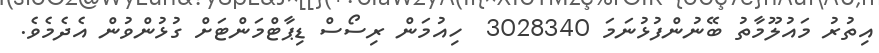
އިތުރު މައުލޫމާތު ބޭނުންފުޅުނަމަ 3028340  ހިއުމަން ރިސޯސް ޑިޕާޓްމަންޓަށް ގުޅުންވުން އެދެމެވެ.